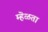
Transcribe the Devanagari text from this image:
म्हॆळता